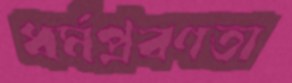
ধর্মপ্রবণতা